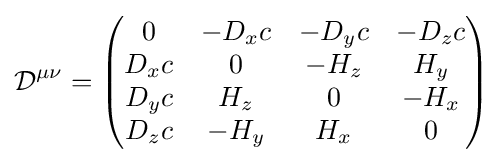
{\mathcal {D}}^{\mu \nu }={\begin{pmatrix}0&-D_{x}c&-D_{y}c&-D_{z}c\\D_{x}c&0&-H_{z}&H_{y}\\D_{y}c&H_{z}&0&-H_{x}\\D_{z}c&-H_{y}&H_{x}&0\end{pmatrix}}